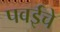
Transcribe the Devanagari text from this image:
पवईचे